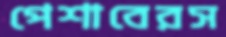
পেশাবেরস